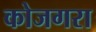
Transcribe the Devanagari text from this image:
कोजगरा